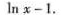
l n x - 1$$.